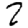
Digit: 2